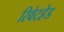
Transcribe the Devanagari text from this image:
रिवेटहेड